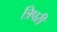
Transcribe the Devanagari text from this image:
त्रिपरी